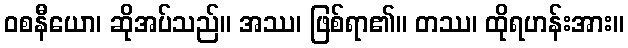
ဝစနီယော၊ ဆိုအပ်သည်။ အဿ၊ ဖြစ်ရာ၏။ တဿ၊ ထိုရဟန်းအား။